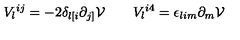
V _ { l } { } ^ { i j } = - 2 \delta _ { l [ i } \partial _ { j ] } { \cal V } \qquad V _ { l } { } ^ { i 4 } = \epsilon _ { l i m } \partial _ { m } { \cal V }